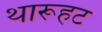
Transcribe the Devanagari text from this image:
थारूहट